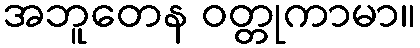
အဘူတေန ဝတ္တုကာမာ။